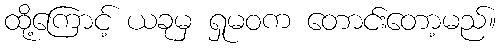
ထို့ကြောင့် ယခုမှ ရှုမဝက တောင်းတော့မည်။